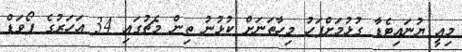
މިއީ ޔުނައިޓެޑާ ގުޅުމަށްފަހު މިހާތަނަށް ކުޅުނު ތިން މެޗުގައި 34 އަހަރުގެ ފޯވަޑް